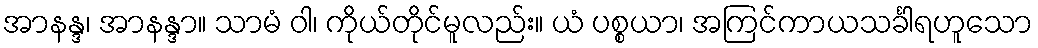
အာနန္ဒ၊ အာနန္ဒာ။ သာမံ ဝါ၊ ကိုယ်တိုင်မူလည်း။ ယံ ပစ္စယာ၊ အကြင်ကာယသင်္ခါရဟူသော